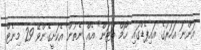
އަންނަ އަހަރުގެ އައިޕެޑްގައި "ހޯމް ބަޓަން" އެއް ނެތުން އެކަށީގެންވޭ 29 މިނެޓް